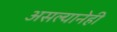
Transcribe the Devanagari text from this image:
असल्यानेही